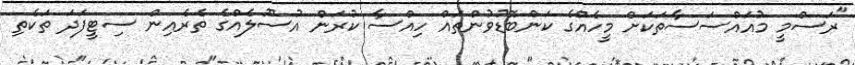
"ރަސްމީ މުއައްސަސާތަކަށް މީހެއްގެ ކަންބޮޑުވުންތައް ހިއްސާ ކުރަން އުސޫލެއްގެ ތެރެއިން ސިޓީފަދަ ތަކެތި